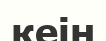
кеін